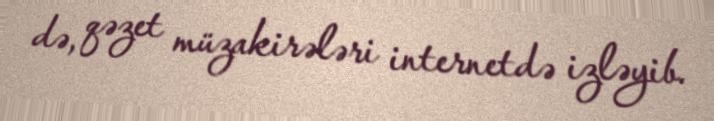
də, qəzet müzakirələri internetdə izləyib.